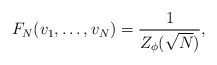
\begin{align*}F_N(v_1,\dots,v_N)=\frac{1}{Z_\phi(\sqrt{N})},\end{align*}